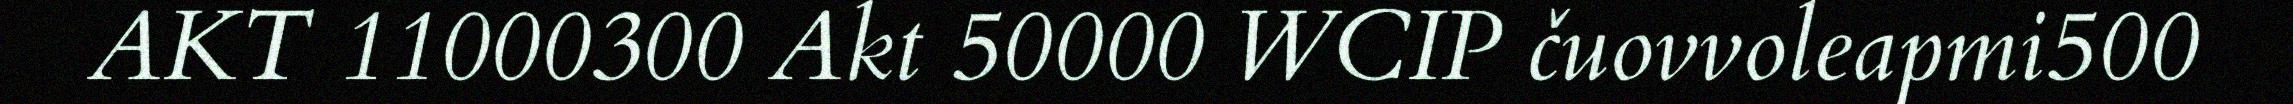
AKT 11000300 Akt 50000 WCIP čuovvoleapmi500